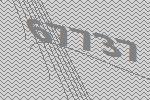
67737